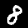
Label: 8